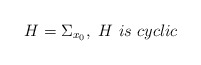
\begin{align*}H=\Sigma_{x_0},~H~is~cyclic\end{align*}